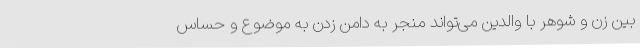
بین زن و شوهر با والدین می‌تواند منجر به دامن زدن به موضوع و حساس